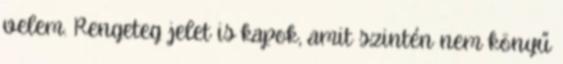
velem. Rengeteg jelet is kapok, amit szintén nem könyű